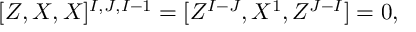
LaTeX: [ Z , X , X ] ^ { I , J , I - 1 } = [ Z ^ { I - J } , X ^ { 1 } , Z ^ { J - I } ] = 0 ,